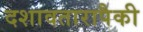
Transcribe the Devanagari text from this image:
दशावतारापैकी